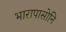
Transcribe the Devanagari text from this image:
भारापासोनि